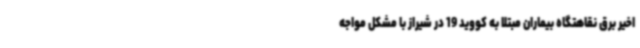
اخیر برق نقاهتگاه بیماران مبتلا به کووید 19 در شیراز با مشکل مواجه